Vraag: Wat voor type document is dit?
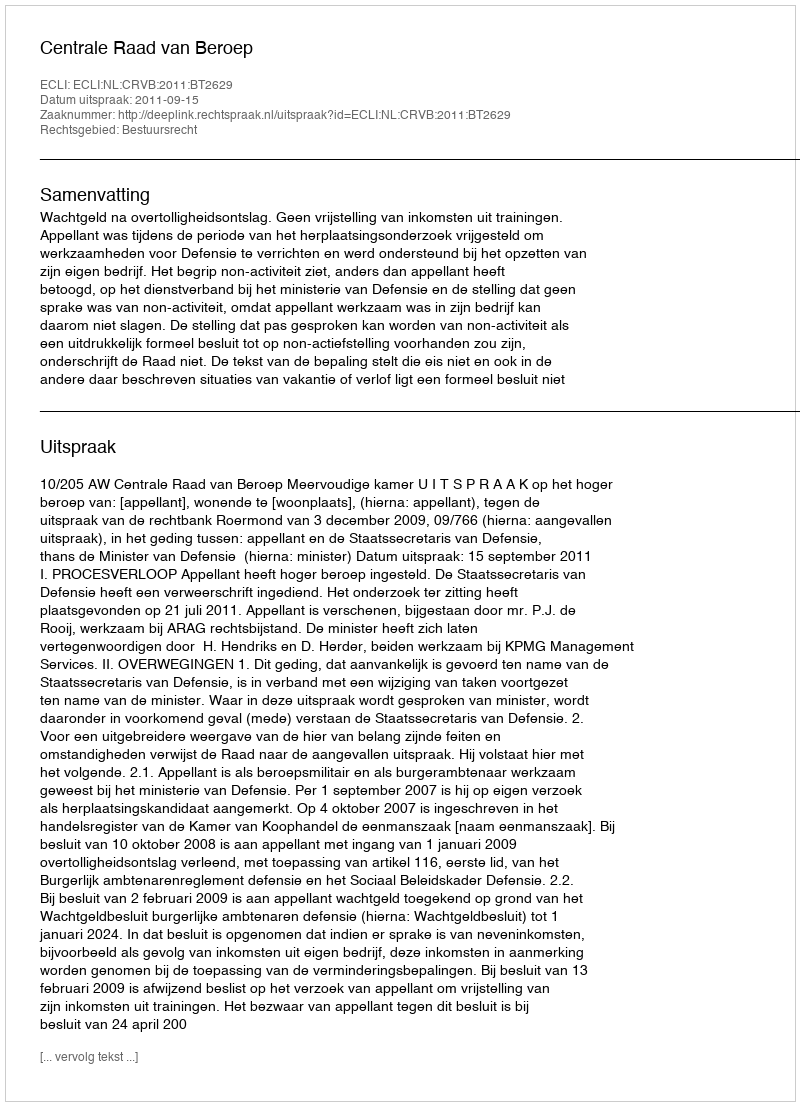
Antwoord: Uitspraak